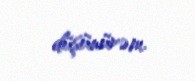
düşünürəm.